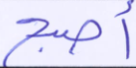
أصبح